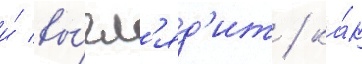
и́ вы́гл'яд'ит / ка́к